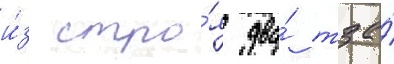
и́з стро́я два́ тза́